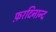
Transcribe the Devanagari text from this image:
फ़रदिनान्द